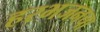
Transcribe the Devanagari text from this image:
हरभजनचा